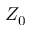
Z _ { 0 }